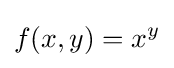
f(x,y)=x^{y}